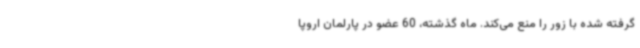
گرفته شده با زور را منع می‌کند. ماه گذشته، 60 عضو در پارلمان اروپا